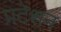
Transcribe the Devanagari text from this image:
प्रटेशन